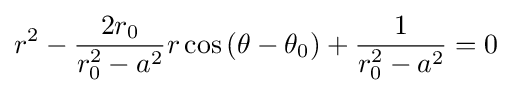
r^{2}-{\frac {2r_{0}}{r_{0}^{2}-a^{2}}}r\cos \left(\theta -\theta _{0}\right)+{\frac {1}{r_{0}^{2}-a^{2}}}=0